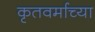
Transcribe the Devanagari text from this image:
कृतवर्माच्या